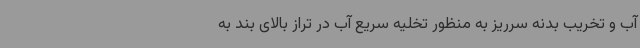
آب و تخریب بدنه سرریز به منظور تخلیه سریع آب در تراز بالای بند به